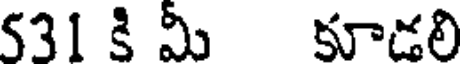
531 కి మీ కూడలి